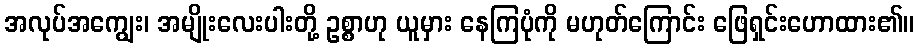
အလုပ်အကျွေး၊ အမျိုးလေးပါးတို့ ဥစ္စာဟု ယူမှား နေကြပုံကို မဟုတ်ကြောင်း ဖြေရှင်းဟောထား၏။